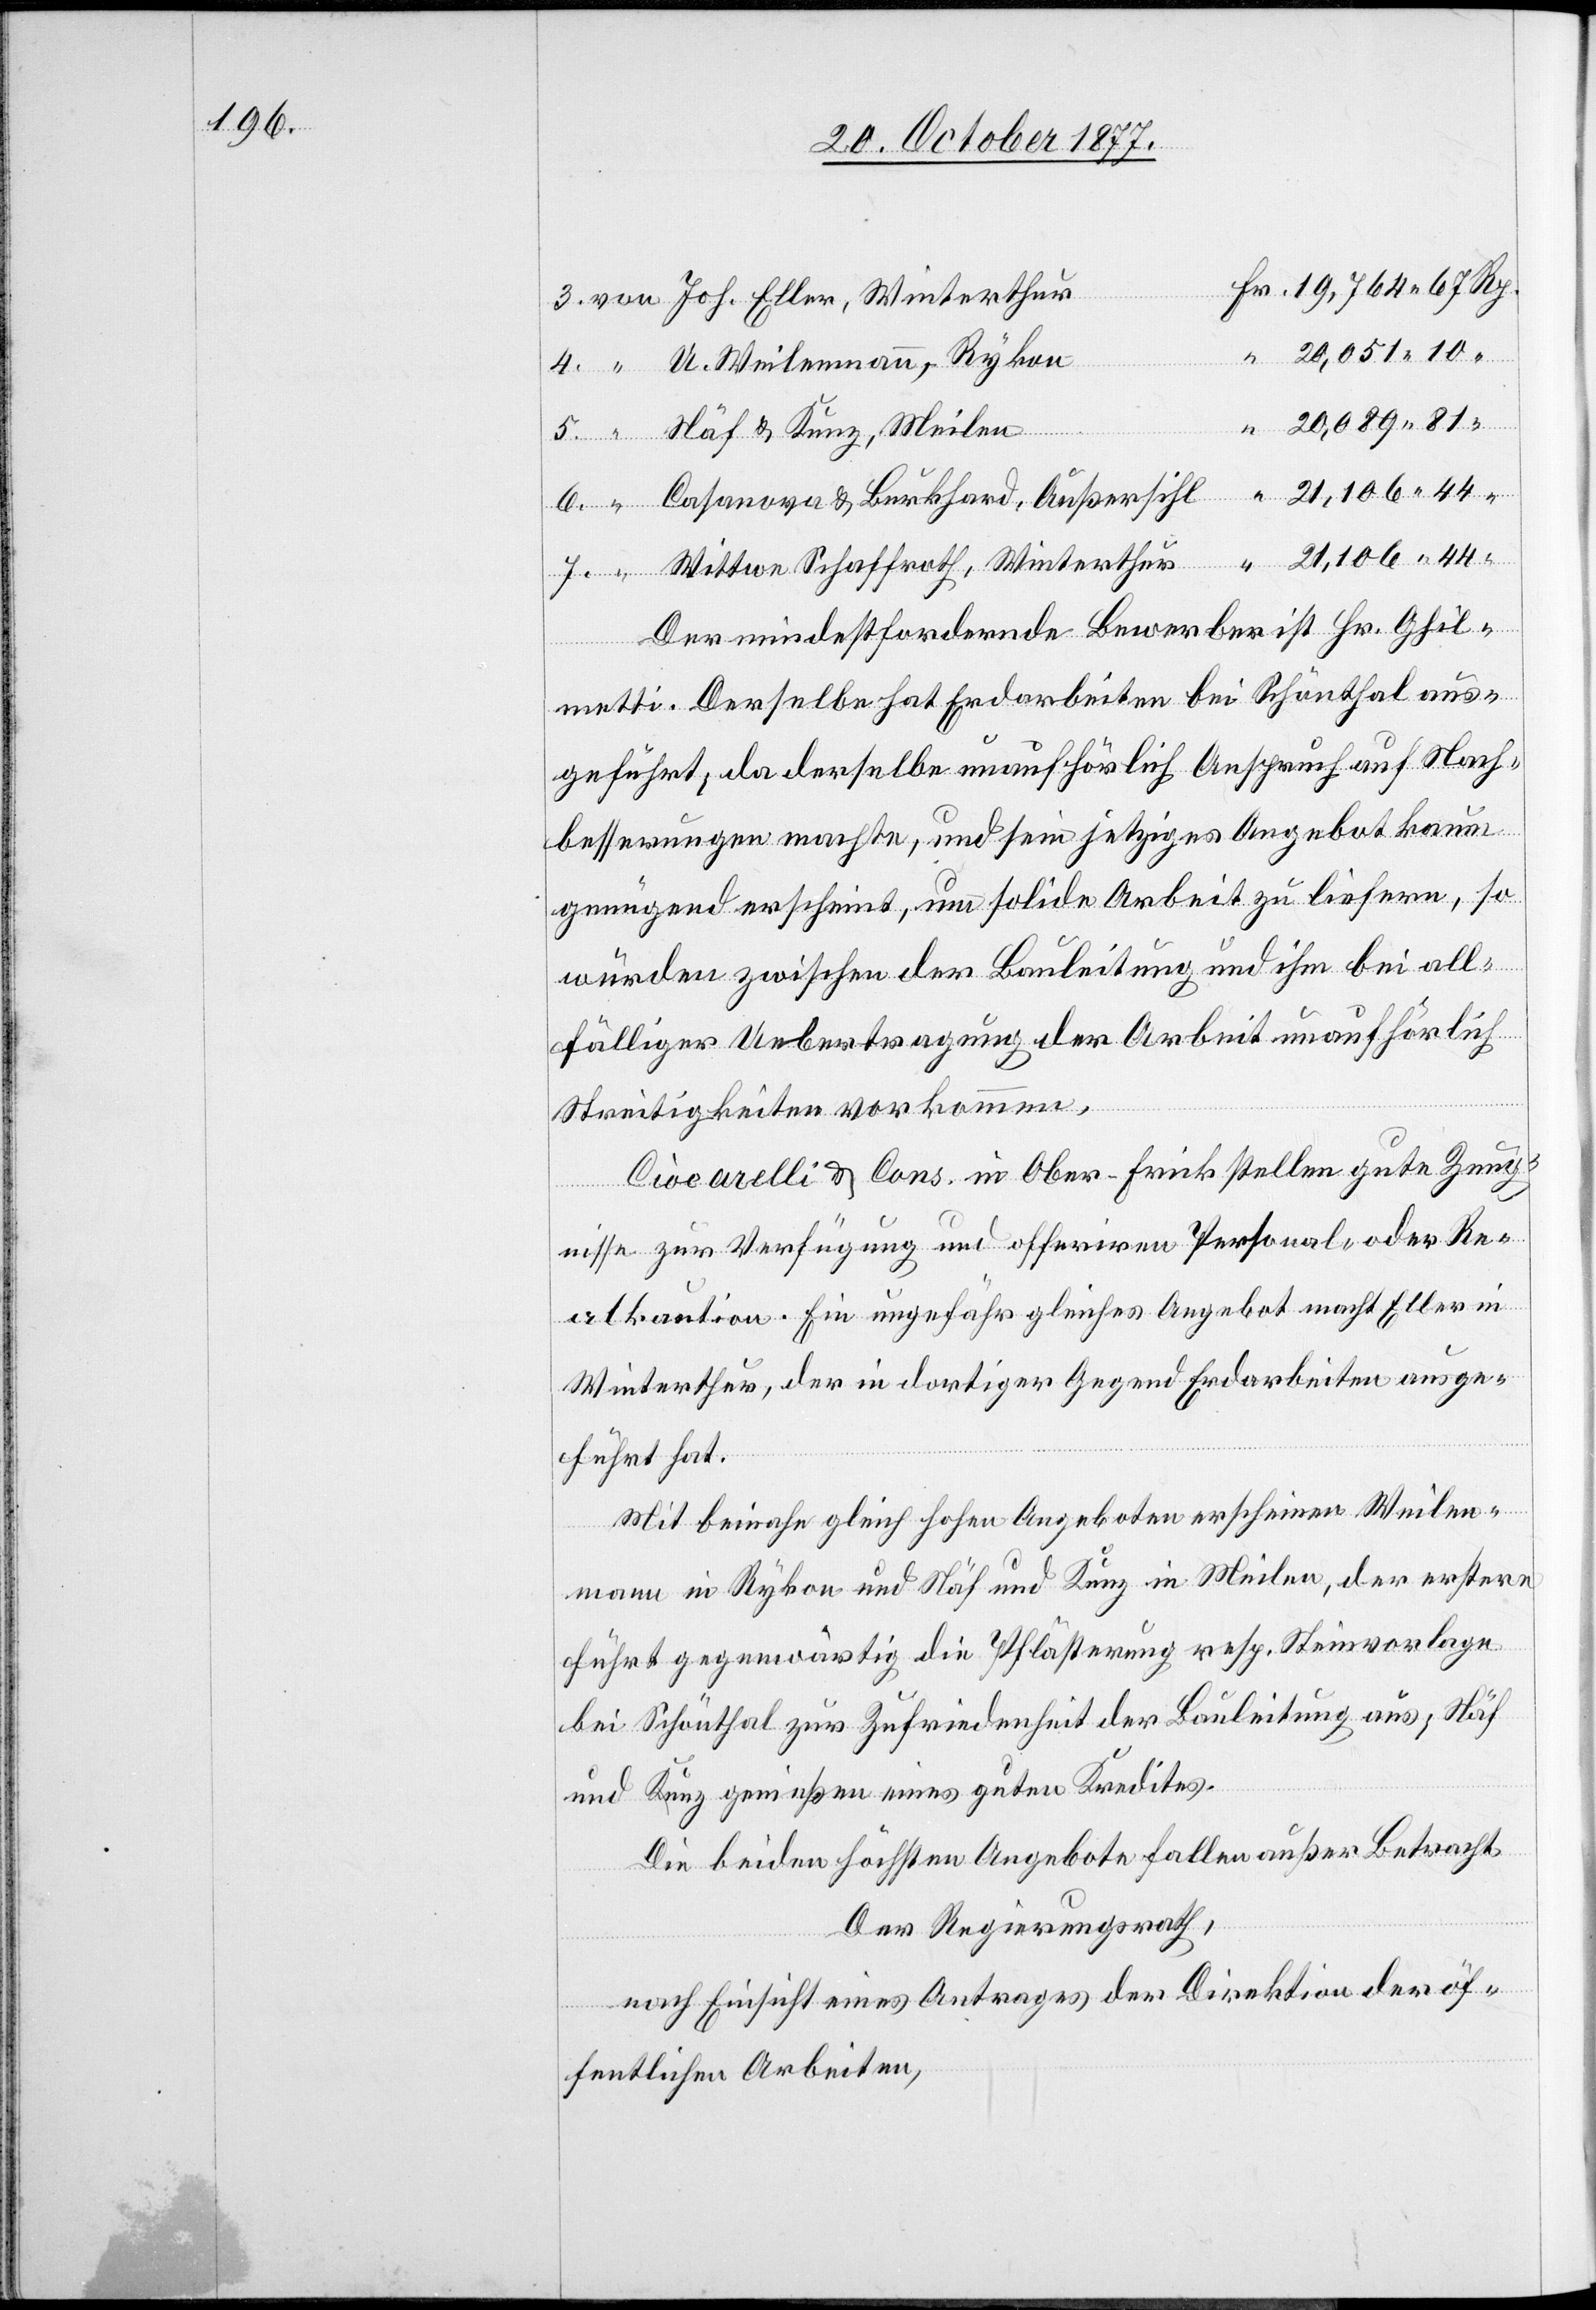
Fr. 19,764 67 Rp.
6.
von Joh. Eller, Winterthur
“ 20,051 10
Rykon
“ 20,089 81
“ Näf & Kunz, Meilen
“ Casanova & Burkhard, Außersihl
“ 21,106 44 “
“ Wittwe Schaffrath, Winterthur
Der mindestfordernde Bewerber ist Hr. Ghil¬
metti. Derselbe hat Erdarbeiten bei Schönthal aus¬
geführt; da derselbe unaufhörlich Anspruch auf Nach¬
besserungen machte, und sein jetziges Angebot kaum
genügend erscheint, um solide Arbeit zu liefern, so
würden zwischen der Bauleitung und ihm bei all¬
fälliger Uebertragung der Arbeit unaufhörlich
ann,
Streitigkeiten vorkommen.
Ciocarelli & Cons. in Ober-Frick stellen gute Zeug¬
nisse zur Verfügung und offeriren Personal- oder Re¬
alkaution. Ein ungefähr gleiches Angebot macht Eller in
Winterthur, der in dortiger Gegend Erdarbeiten ausge¬
führt hat.
Mit beinahe gleich hohen Angeboten erscheinen Weilen¬
mann in Rykon und Näf und Kunz in Meilen, der erstere
führt gegenwärtig die Pflästerung resp. Steinvorlage
bei Schönthal zur Zufriedenheit der Bauleitung aus; Näf
und Kunz genießen eines guten Kredites.
Die beiden höchsten Angebote fallen außer Betracht.
Der Regierungsrath,
nach Einsicht eines Antrages der Direktion der öf¬
fentlichen Arbeiten,